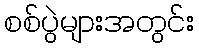
စစ်ပွဲများအတွင်း